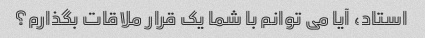
استاد، آیا می توانم با شما یک قرار ملاقات بگذارم؟